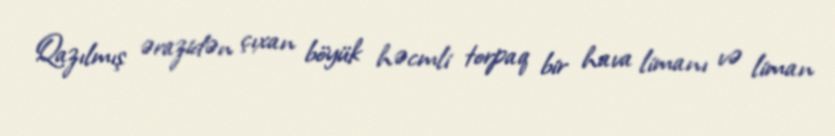
Qazılmış ərazidən çıxan böyük həcmli torpaq bir hava limanı və liman